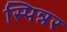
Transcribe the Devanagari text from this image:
स्पिन्नर